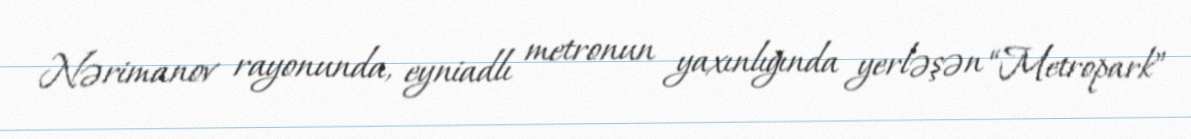
Nərimanov rayonunda, eyniadlı metronun yaxınlığında yerləşən “Metropark”